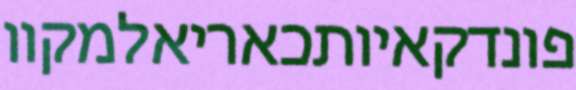
פונדקאיותכאריאלמקוו